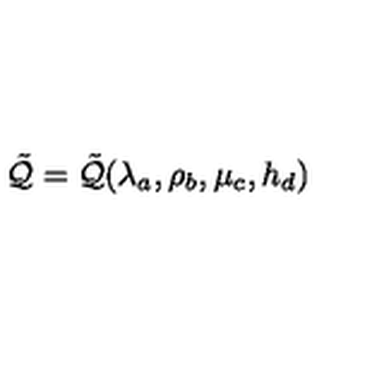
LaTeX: \tilde { { \cal Q } } = \tilde { { \cal Q } } ( \lambda _ { a } , \rho _ { b } , \mu _ { c } , h _ { d } )